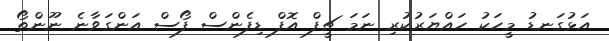
އަޅުގަނޑު މީހަކު ހައްޔަރުކުރި ނަމަ ޗީފް އޮފް ޑިފެންސް ފޯސް އަންގަވާނެ ނޫންތޯ